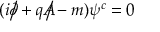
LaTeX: ( i { \partial \! \! \! { \big / } } + q { A \! \! \! { \big / } } - m ) \psi ^ { c } = 0